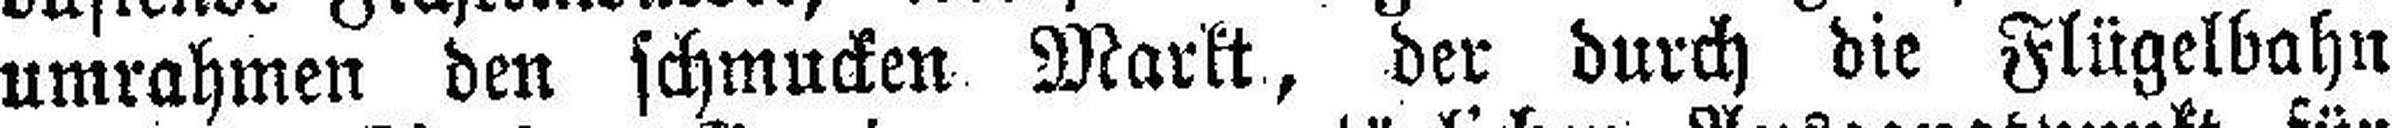
umrahmen den schmucken Markt, der durch die Flügelbahn